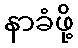
နာခံဖို့